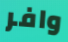
وافر